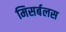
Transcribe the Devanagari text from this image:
मिसर्बलस